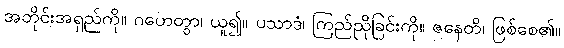
အတိုင်းအရှည်ကို။ ဂဟေတွာ၊ ယူ၍။ ပသာဒံ၊ ကြည်ညိုခြင်းကို။ ဇနေတိ၊ ဖြစ်စေ၏။